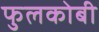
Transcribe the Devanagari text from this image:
फुलकोबी